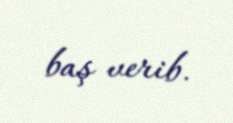
baş verib.